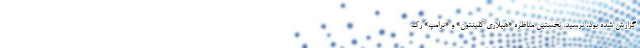
گزارش شده بود، نرسید. نخستین مناظره «هیلاری کلینتون» و «ترامپ» رک